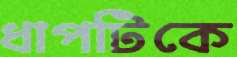
ধাপটিকে